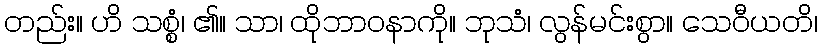
တည်း။ ဟိ သစ္စံ၊ ၏။ သာ၊ ထိုဘာဝနာကို။ ဘုသံ၊ လွန်မင်းစွာ။ သေဝီယတိ၊